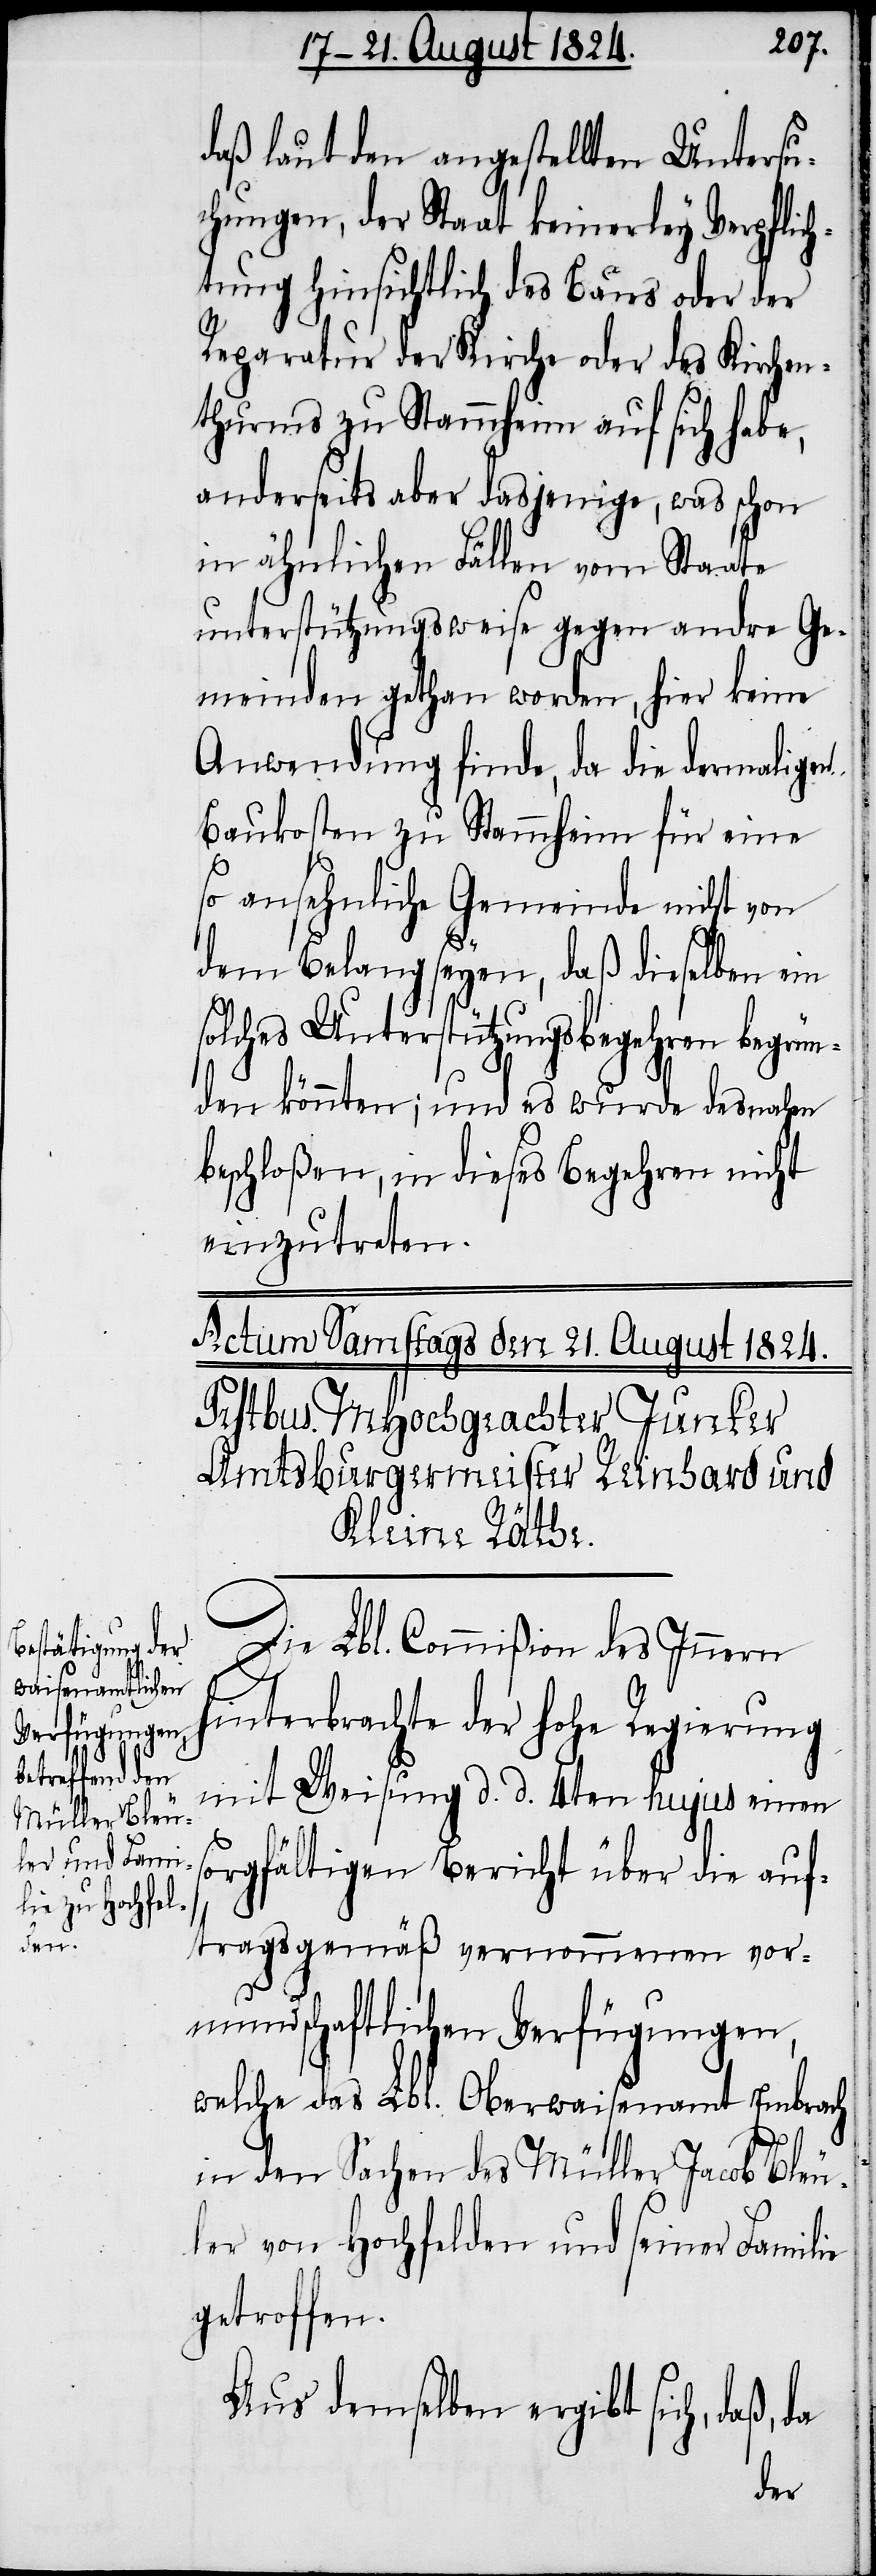
daß laut den angestellten Untersu¬
chungen, der Staat keinerley Verpflic¬
htung hinsichtlich des Baus oder der
Reparatur der Kirche oder des Kirchen¬
thurms zu Stammheim auf sich habe,
anderseits aber dasjenige, was schon
in ähnlichen Fällen vom Staate
unterstützungsweise gegen andre Ge¬
meinden gethan worden, hier keine
Anwendung finde, da die dermaligen
Baukosten zu Stammheim für eine
so ansehnliche Gemeinde nicht von
dem Belang seyen, daß dieselben ein
solches Unterstützungsbegehren begrün¬
den könnten; und es wurde desnahen
beschloßen, in dieses Begehren nicht
einzutreten.
Die Lbl. Commißion des Innern
hinterbrachte der hohe Regierung
mit Weisung d. d. 4ten hujus einen
sorgfältigen Bericht über die auf¬
tragsgemäß vernommenen vor¬
mundschaftlichen Verfügungen,
welche das Lbl. Oberwaisenamt Embrach
in den Sachen des Müller Jacob Bleu¬
ler von Hochfelden und seiner Familie
getroffen.
Aus demselben ergibt sich, daß,